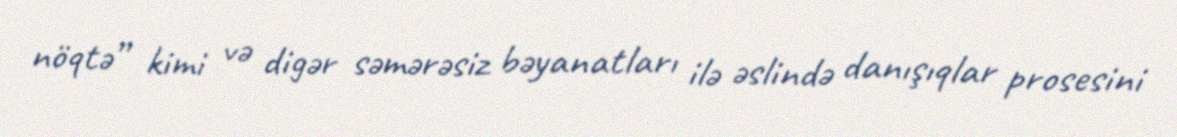
nöqtə” kimi və digər səmərəsiz bəyanatları ilə əslində danışıqlar prosesini